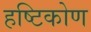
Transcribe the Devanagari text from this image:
हष्टिकोण